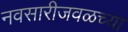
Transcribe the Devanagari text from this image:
नवसारीजवळच्या